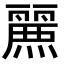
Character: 𮭷